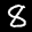
Label: 8